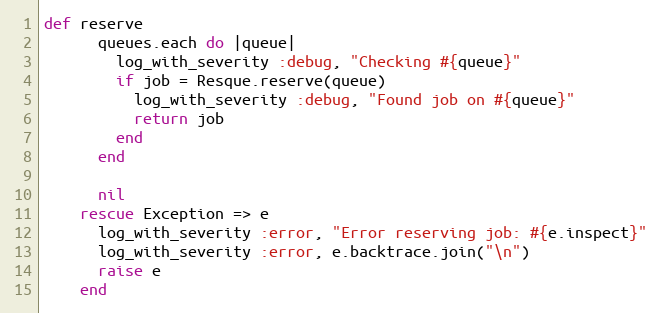
Language: Ruby
def reserve
      queues.each do |queue|
        log_with_severity :debug, "Checking #{queue}"
        if job = Resque.reserve(queue)
          log_with_severity :debug, "Found job on #{queue}"
          return job
        end
      end

      nil
    rescue Exception => e
      log_with_severity :error, "Error reserving job: #{e.inspect}"
      log_with_severity :error, e.backtrace.join("\n")
      raise e
    end